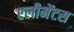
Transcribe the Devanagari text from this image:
एलीमेंटस